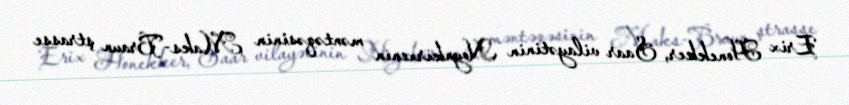
Erix Honekker, Saar vilayətinin Noynkirxenin məntəqəsinin Maks-Braun ştrasse